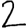
Digit: 2